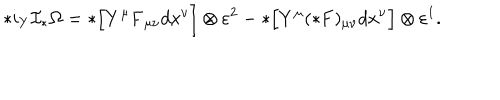
LaTeX: * i _ { Y } { \cal I } _ { * } \Omega = * \Bigl [ Y ^ { \mu } { \bf F } _ { \mu \nu } d x ^ { \nu } \Bigr ] \otimes \varepsilon ^ { 2 } - * \Bigl [ Y ^ { \mu } ( * { \bf F } ) _ { \mu \nu } d x ^ { \nu } \Bigr ] \otimes \varepsilon ^ { 1 } .